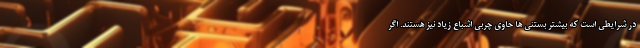
در شرایطی است که بیشتر بستنی ها حاوی چربی اشباع زیاد نیز هستند. اگر